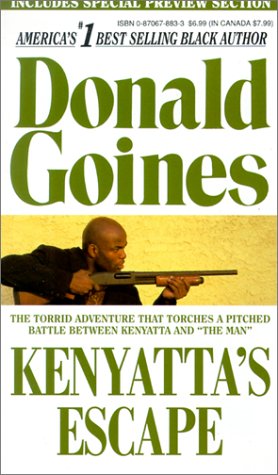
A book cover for Kenyatta's Escape (Holloway House Originals); Donald Goines; Mystery, Thriller & Suspense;